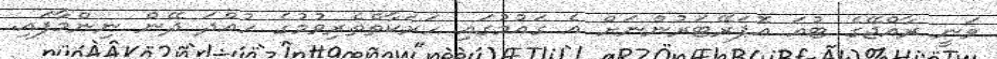
ވަނީ ރާއްޖޭގެ ޓުއަ އޮޕަރޭޓަރުންނަށް އެ ގައުމުގައި ހަރަކާތްތެރިވުމުގެ ހުއްދަ ދޭން ނިންމާފައި.